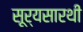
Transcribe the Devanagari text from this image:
सूर्यसारथी